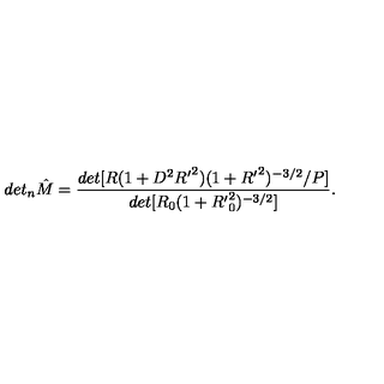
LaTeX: d e t _ { n } { \hat { M } } = \frac { d e t [ R ( 1 + D ^ { 2 } { R ^ { \prime } } ^ { 2 } ) ( 1 + { R ^ { \prime } } ^ { 2 } ) ^ { - 3 / 2 } / P ] } { d e t [ R _ { 0 } ( 1 + { R ^ { \prime } } _ { 0 } ^ { 2 } ) ^ { - 3 / 2 } ] } .